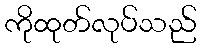
ကိုထုတ်လုပ်သည်